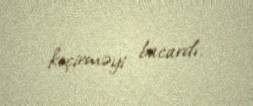
keçirməyi bacardı.